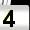
Digit: 4